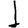
Digit: 1